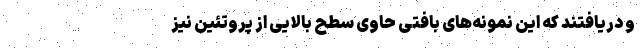
و دریافتند که این نمونه‌های بافتی حاوی سطح بالایی از پروتئین نیز